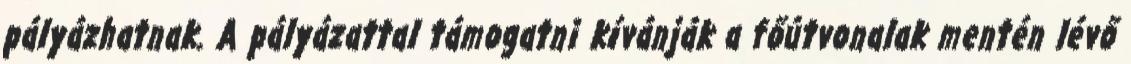
pályázhatnak. A pályázattal támogatni kívánják a főútvonalak mentén lévő